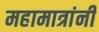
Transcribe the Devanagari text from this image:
महामात्रांनी